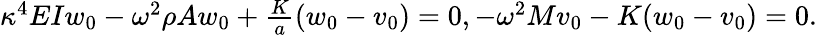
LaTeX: \begin{array}{r}{\kappa^{4}EIw_{0}-\omega^{2}\rho Aw_{0}+\frac{K}{a}(w_{0}-v_{0})=0,-\omega^{2}Mv_{0}-K(w_{0}-v_{0})=0.}\end{array}